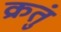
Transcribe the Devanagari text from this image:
क्रतुं